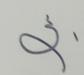
Signature authenticity: forged